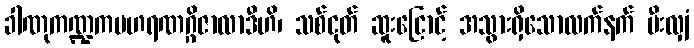
ခါဏုကဏ္ဍကပဟရဏဂ္ဂိဇာလာဒီဟိ၊ သစ်ငုတ် ဆူးငြောင့် အသွားရှိသောလက်နက် မီးလျှံ